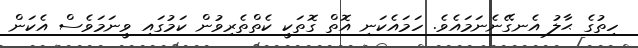
ހިތުގެ ޙާލު އެނގޭނެނަމައެވެ. ހަމައެކަނި އޮތް ގޮތަކީ ކެތްތެރިވުން ކަމުގައި ވީނަމަވެސް އެކަން